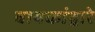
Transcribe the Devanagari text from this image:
बायकांद्वारे